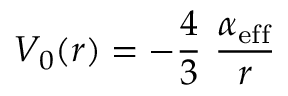
V _ { 0 } ( r ) = - \frac { 4 } { 3 } ~ \frac { \alpha _ { \mathrm { e f f } } } { r }